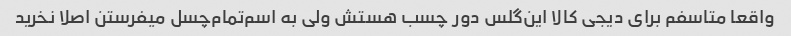
واقعا متاسفم برای دیجی کالا این‌گلس دور چسب هستش ولی به اسم‌تمام‌چسل میفرستن اصلا نخرید